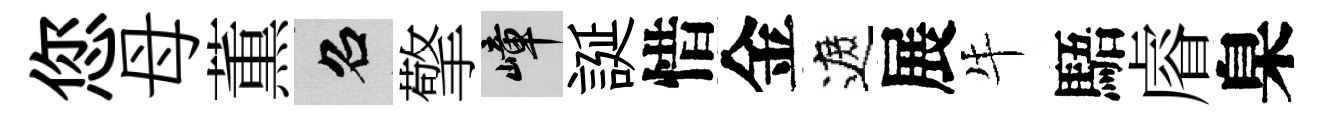
您母薫召擎嶂誕惜金遮展牛䮏𥈠臬